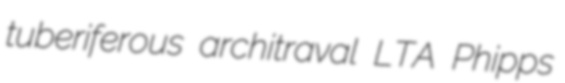
tuberiferous architraval LTA Phipps